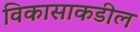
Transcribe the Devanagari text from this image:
विकासाकडील